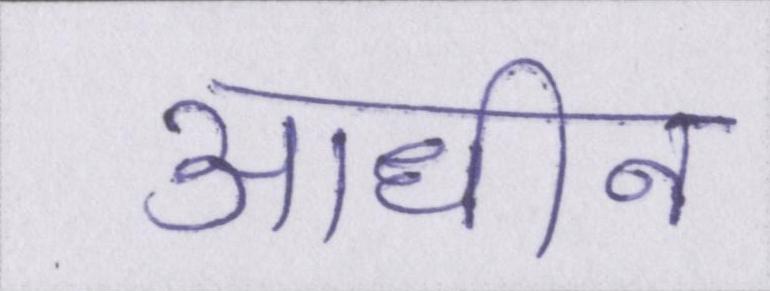
आधीन